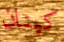
كينان